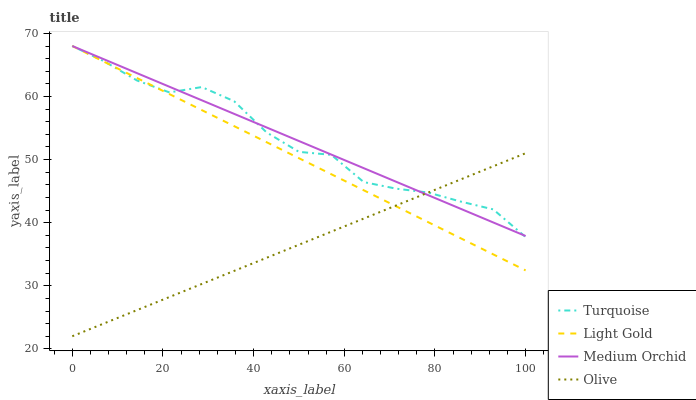
| xaxis_label | Turquoise | Light Gold | Medium Orchid | Olive |
 | --- | --- | --- | --- | --- |
 | 0 | 68 | 68 | 68 | 22 |
 | 7.14 | 65.5 | 65.5 | 65.8 | 24.1 |
 | 14.3 | 62.5 | 62.9 | 63.7 | 26.1 |
 | 21.4 | 60.6 | 60.4 | 61.5 | 28.2 |
 | 28.6 | 61.5 | 57.8 | 59.4 | 30.3 |
 | 35.7 | 59.2 | 55.3 | 57.2 | 32.4 |
 | 42.9 | 54.3 | 52.8 | 55.1 | 34.4 |
 | 50 | 51.2 | 50.2 | 52.9 | 36.5 |
 | 57.1 | 50.8 | 47.7 | 50.8 | 38.6 |
 | 64.3 | 46.4 | 45.1 | 48.6 | 40.6 |
 | 71.4 | 45.4 | 42.6 | 46.5 | 42.7 |
 | 78.6 | 44.8 | 40.1 | 44.3 | 44.8 |
 | 85.7 | 43.3 | 37.5 | 42.2 | 46.9 |
 | 92.9 | 42.1 | 35 | 40 | 48.9 |
 | 100 | 37.7 | 32.4 | 37.9 | 51 |